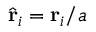
\hat { \mathbf { r } } _ { i } = \mathbf { r } _ { i } / a